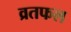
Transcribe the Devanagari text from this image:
व्रतफल